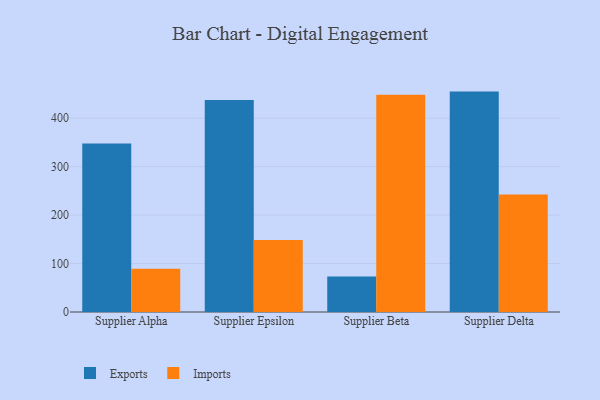
{"axis": {"x": "Supplier", "y": "Bounce Rate (%)"}, "legend": ["Exports", "Imports"], "data": [{"x": "Supplier Alpha", "y": 347.7, "type": "Exports"}, {"x": "Supplier Alpha", "y": 89.3, "type": "Imports"}, {"x": "Supplier Epsilon", "y": 437.6, "type": "Exports"}, {"x": "Supplier Epsilon", "y": 148.6, "type": "Imports"}, {"x": "Supplier Beta", "y": 73.5, "type": "Exports"}, {"x": "Supplier Beta", "y": 448.7, "type": "Imports"}, {"x": "Supplier Delta", "y": 455.0, "type": "Exports"}, {"x": "Supplier Delta", "y": 242.5, "type": "Imports"}]}